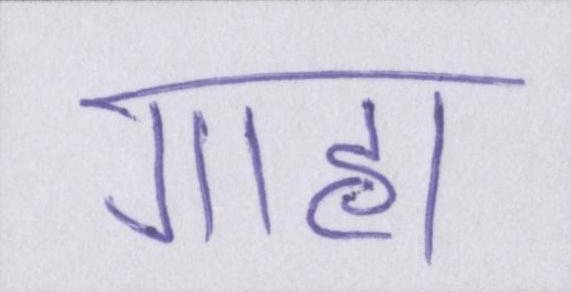
गाह्य